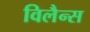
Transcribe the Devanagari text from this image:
विलैन्स